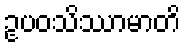
ဥပဝသိဿာမာတိ